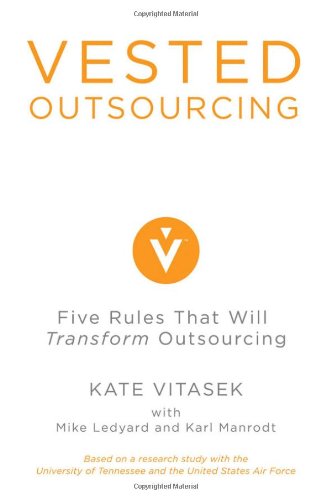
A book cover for Vested Outsourcing: Five Rules That Will Transform Outsourcing; Kate Vitasek; Business & Money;